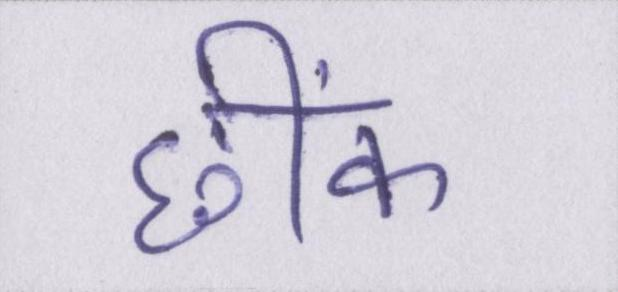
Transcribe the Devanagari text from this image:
छींक